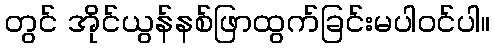
တွင် အိုင်ယွန်နစ်ဖြာထွက်ခြင်းမပါဝင်ပါ။